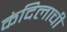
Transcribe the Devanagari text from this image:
कंदिलाची